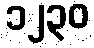
၁၂၃၀